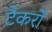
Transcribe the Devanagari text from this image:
टैकरों